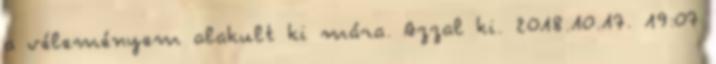
a véleményem alakult ki mára. Azzal ki. 2018.10.17. 19:07